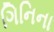
ગિનિના